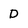
Character: D